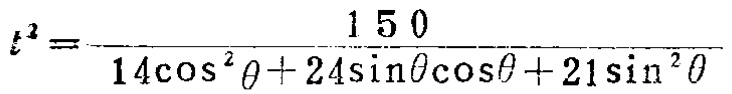
\[t^{2}=\frac{150}{14\cos^{2}\theta + 24\sin\theta\cos\theta+21\sin^{2}\theta}\]